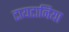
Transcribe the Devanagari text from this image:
टायटानिया